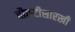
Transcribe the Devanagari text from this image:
चौकटीसारखी